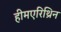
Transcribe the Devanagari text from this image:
हीमएरिथ्रिन